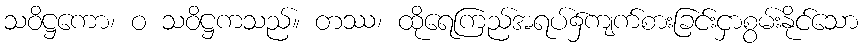
သဝိဋ္ဌကော၊ ဝ သဝိဋ္ဌကသည်။ တဿ၊ ထိုရေကြည်အရပ်၌ကျက်စားခြင်းငှာစွမ်းနိုင်သော